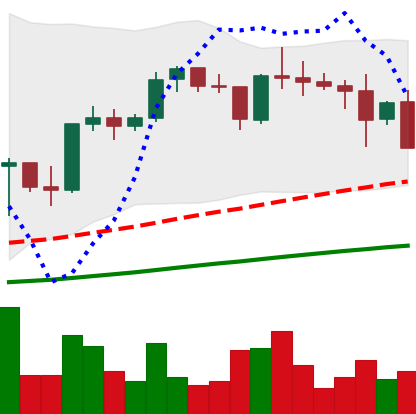
Ticker: XRP-USD
Chart end date: 2021-05-12
Forward return: 19.909%
Label: up_7plus